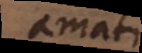
amati